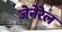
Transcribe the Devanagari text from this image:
जेनेरेल